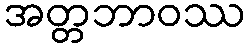
အတ္တဘာဝဿ